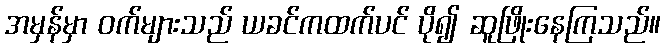
အမှန်မှာ ဝက်များသည် ယခင်ကထက်ပင် ပို၍ ဆူဖြိုးနေကြသည်။